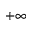
+ \infty